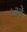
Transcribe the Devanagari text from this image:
५३वें